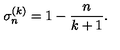
\sigma _ { n } ^ { ( k ) } = 1 - \frac { n } { k + 1 } .